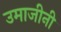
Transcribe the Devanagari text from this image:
उमाजीनी